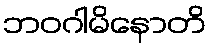
ဘဝဂါမိနောတိ